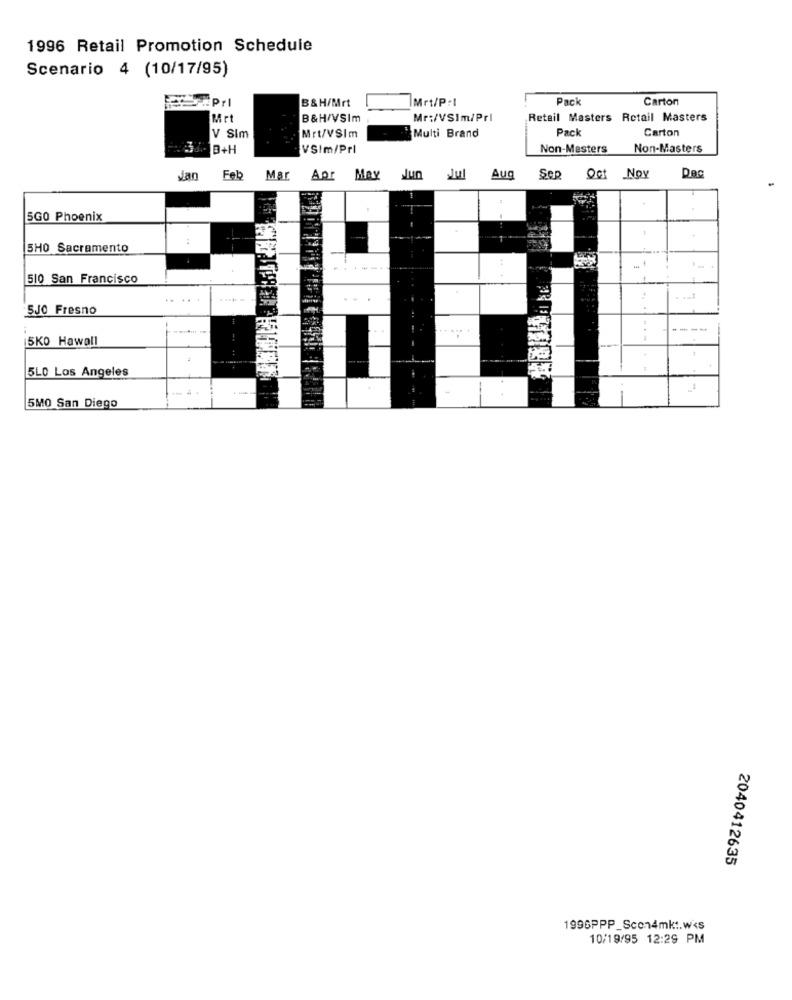
1996 Retail Promotion Schedule
Scenario 4 (10/17/95)
EPrl
Mrt/P:1
Pack
Carton
B&H/Mrt
Mr
B&H/VSIm
Mr:/VSIm/Prl
Retail Masters Retail Masters
Pac
Carton
V Sim
Mrt/VSIm
Multi Brand
3 .- B+H
VSIm/Prl
Non-Masters
Non-Masters
dan
Feb
Mar
Aor May Jun Jul
Aug
Sep
Oct Nov
5GO Phoenix
5HO Sacramento
510 San Francisco
..
.....
SJO Fresno
---
5KO Hawall
5LO Los Angeles
5MO San Diego
2040412635
1996PPP_Scon4mkt.w<s
10/19/95 12:29 PM